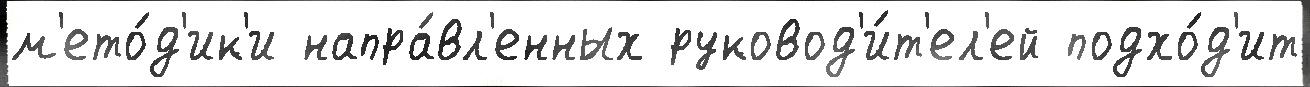
м'ето́д'ик'и напра́вл'енных руковод'и́т'ел'ей подхо́д'ит